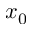
x _ { 0 }